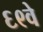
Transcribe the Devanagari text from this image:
६९वे